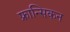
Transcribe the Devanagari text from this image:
फ्रान्सिकन